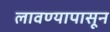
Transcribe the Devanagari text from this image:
लावण्यापासून